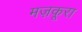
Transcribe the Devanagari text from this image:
मज़कूरा